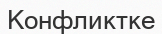
Конфликтке